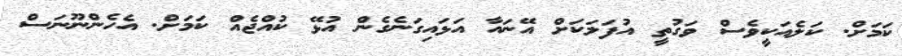
ކަމަށް. ކަލެއަކީވެސް ވަގުތީ އުފަލަކަށް އޭނައާ އަޅައިގަނެގެން އުޅޭ ކުއްޖެއް ކަމަށް. އެހެންނޫނަސް